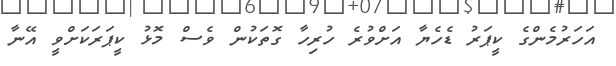
އަހަރުމެންގެ ކީޕަރު ޑެހެޔާ އަށްވުރެ ހުރިހާ ގޮތަކުން ވެސް މޮޅު ކީޕަރަކަށްވީ އޭނާ